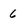
Character: 6